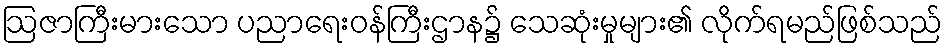
ဩဇာကြီးမားသော ပညာရေးဝန်ကြီးဌာန၌ သေဆုံးမှုများ၏ လိုက်ရမည်ဖြစ်သည်